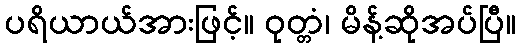
ပရိယာယ်အားဖြင့်။ ဝုတ္တံ၊ မိန့်ဆိုအပ်ပြီ။